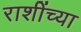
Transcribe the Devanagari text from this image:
राशींच्या